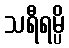
သရီရမ္ပိ